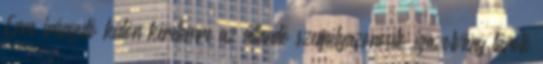
Erre irányuló külön kérelemre az állandó személyazonosító igazolvány tároló